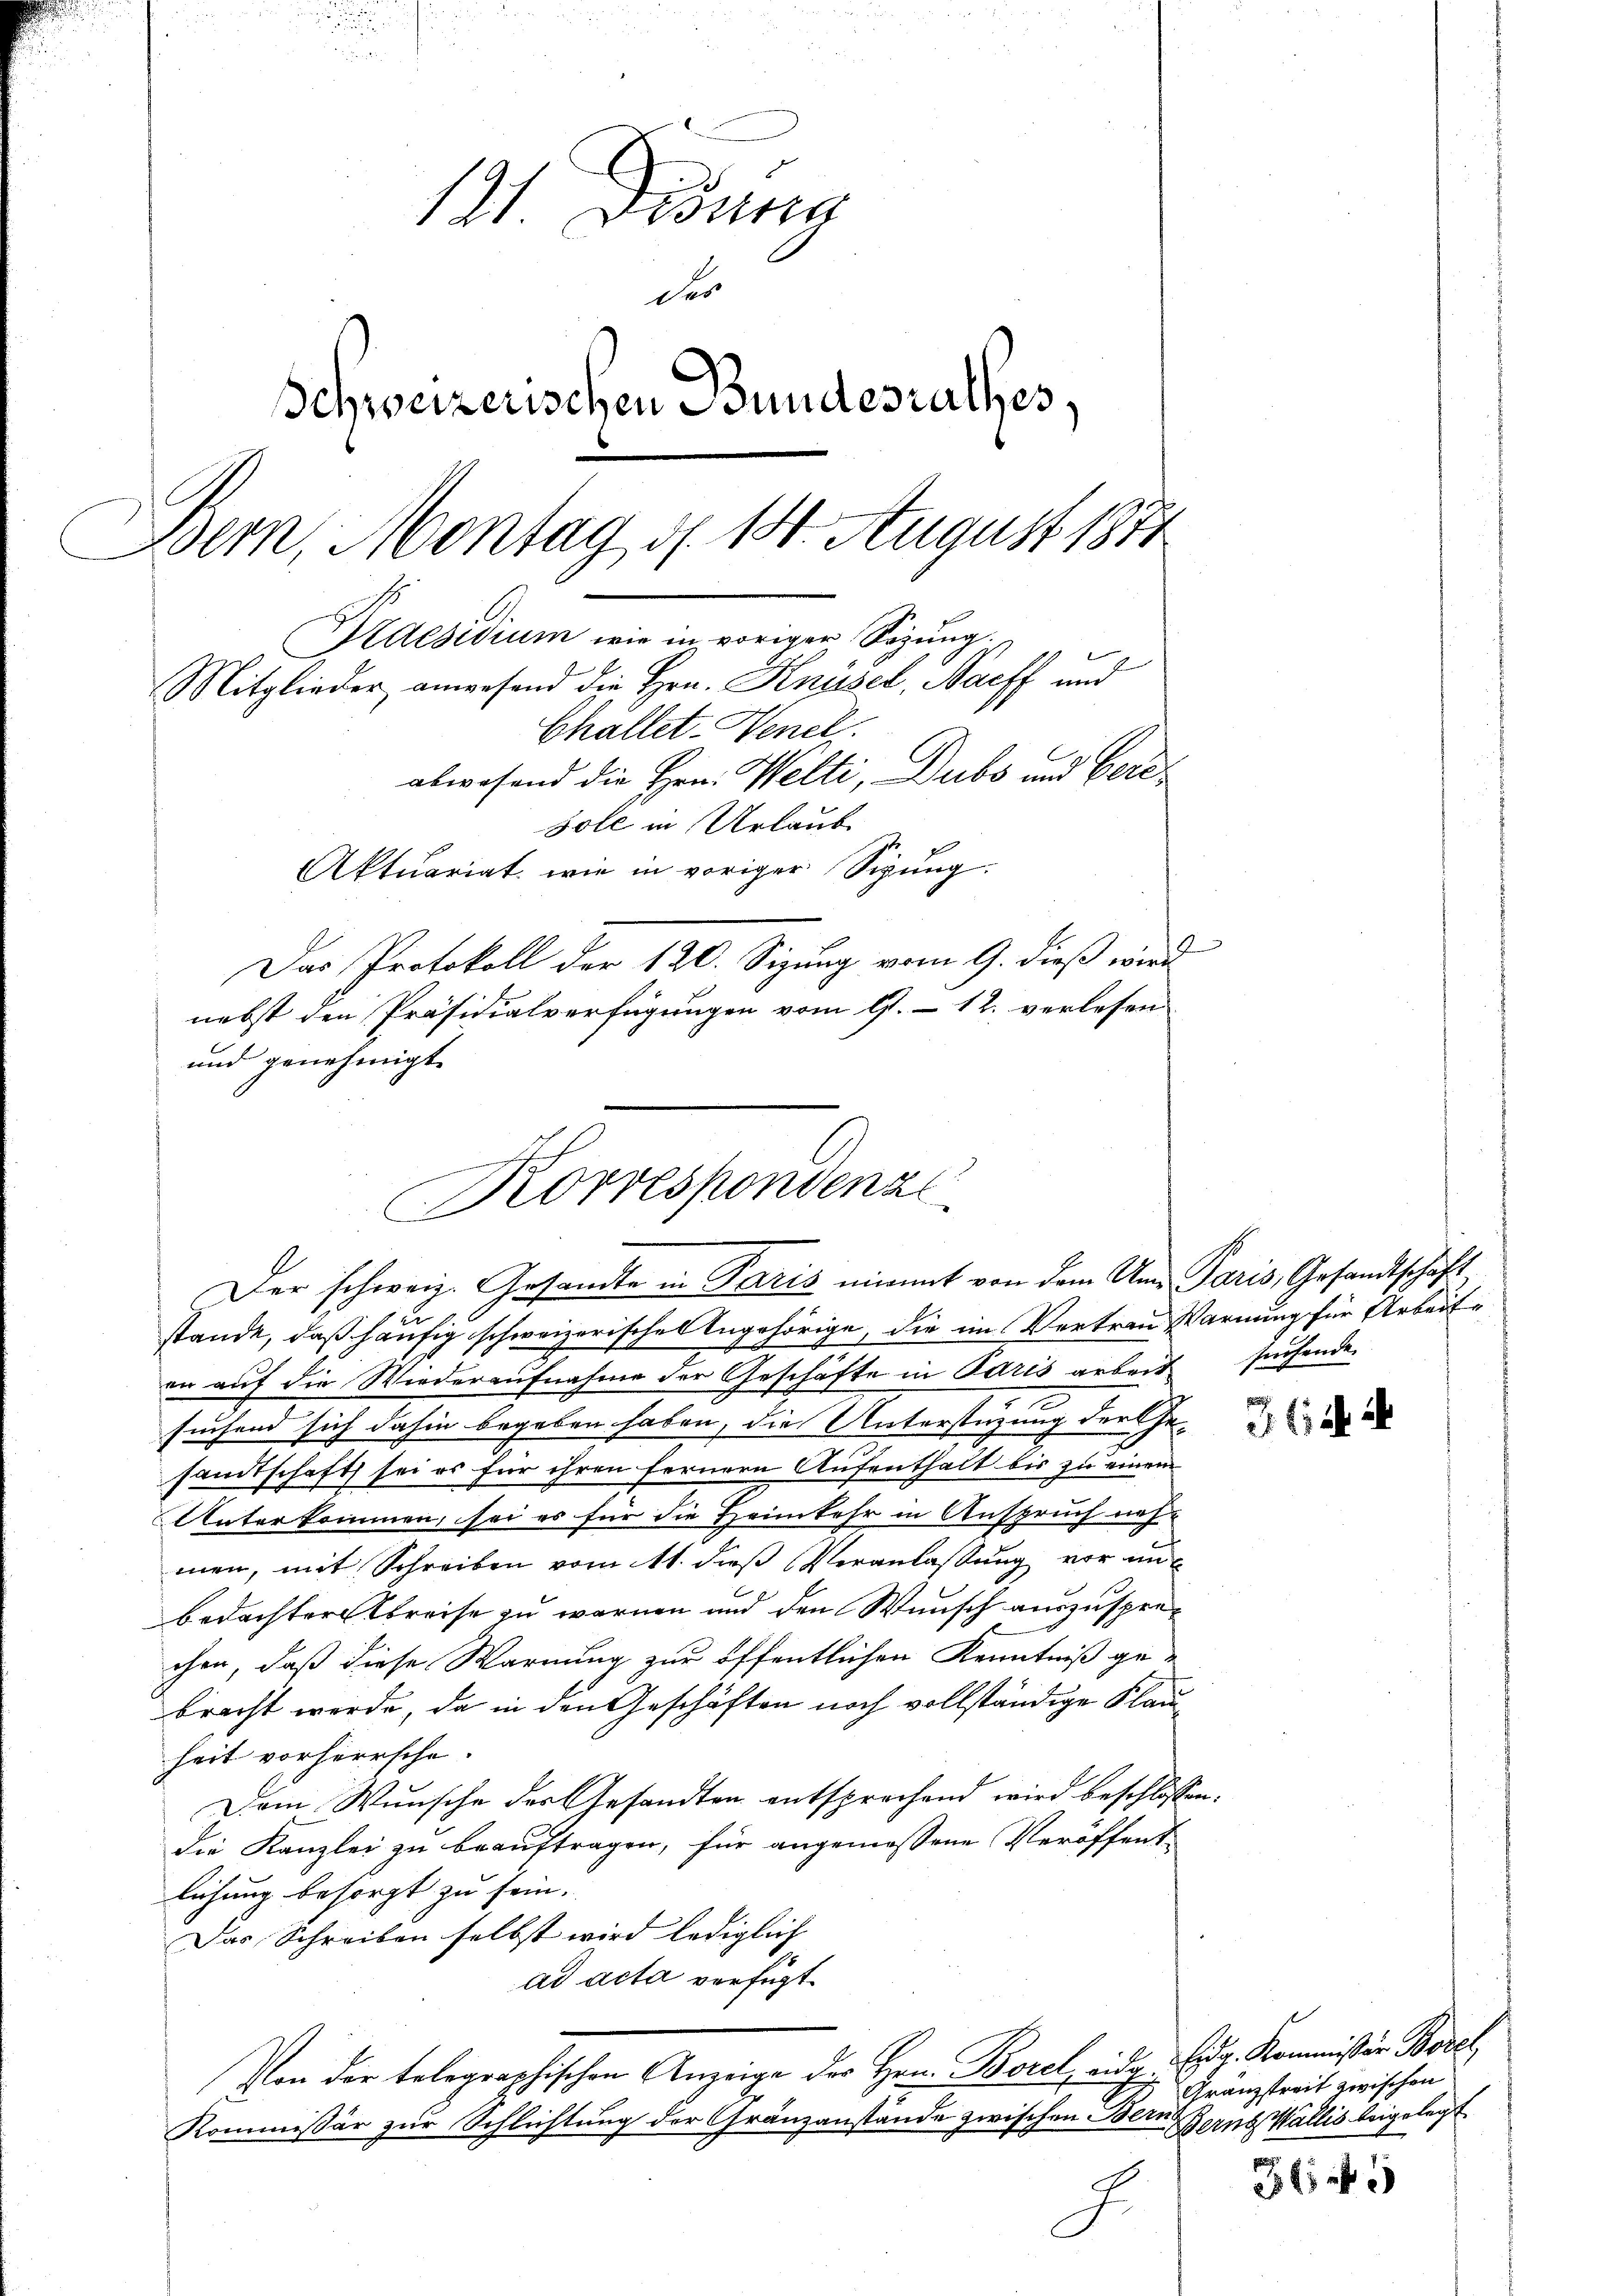
121. Disung
der
Schweizerischen Bundesrathes,
Bern, Montag d. 14. August 1871
Praesidium wie in voriger Sigung.
Mitglieder anwesend die Hrn. Knüsel, Naeff und
Challet-Henck
abwesend die Hrn. Welti, Dubs und Beresole in Urlaube
Aktuariat, wie in voriger Sigŭng.
Das Protokoll der 120. Sizung vom 9. dieß wird

nebst den Präsidialverfügungen vom 9. 12. verlesen
und genehmigt.

ereiten eine
Korrespondenze
Der schweiz. Gesandte in Paris nimmt von dem Um- Paris, Gesandtschaft

u
stande, daß häufig schweizerisches Angehörige, die im Vertrau Warnung für Arbeite
er auf die Wiederaufnahme der Geschäfte in Paris arbeit suchende
7
suchend sich dahin begeben haben, die Unterstüzung der Gesandtschaft sei es für ihren fernern Aufenthalt bis zu einem
Unterkommen, sei es für die Heimkehr in Anspruch nehmen, mit Schreiben vom 11. dieß Veranlassung vor unbedachter Kreise zu warnen und den Wunsch auszusprechen, daß diese Warnung zur öffentlichen Kenntniß gebracht werde, da in den Geschäften noch vollständige Klauheit vorherrsche.
Dem Wunsche des Gesandten entsprechend wird beschlossen
die Kanzlei zu beauftragen, für angemessene Veröffent
lichung besorgt zu sein.
Das Schreiben selbst wird lediglich
ad acta verfügt:
Von der telegraphischen Anzeige der Hrn. Borel, 2 Eidg. Kommission Borel
Kommissär zur Schlichtung der Gränzanstände zwischen Bern Berns Wallis beigelegt
J

. 2

Gränzstreit zwischen

3